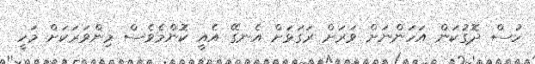
ހުސް ދޮގުކަން އަހަންނަށް ވަރަށް ރަގަޅަށް އެނގޭ އެއީ ކޮންމެވެސް މިންވަރަކަށް މަހީ